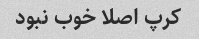
کرپ اصلا خوب نبود